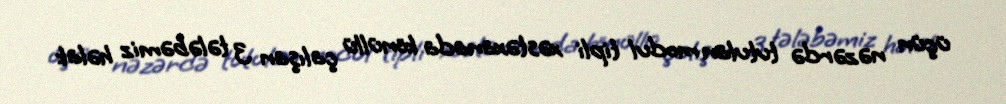
üçün nəzərdə tutulan modul tipli xəstəxanada könüllü çalışan 3 tələbəmiz həlak